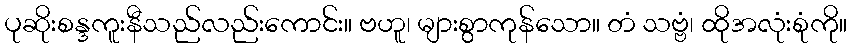
ပုဆိုးစန္ဒကူးနီသည်လည်းကောင်း။ ဗဟူ၊ များစွာကုန်သော။ တံ သဗ္ဗံ၊ ထိုအလုံးစုံကို။